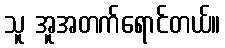
သူ အူအတက်ရောင်တယ်။